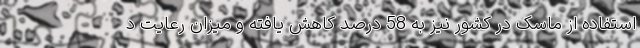
استفاده از ماسک در کشور نیز به 58 درصد کاهش یافته و میزان رعایت د